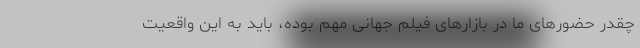
چقدر حضورهای ما در بازارهای فیلم جهانی مهم بوده، باید به این واقعیت